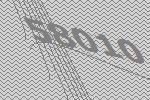
58010